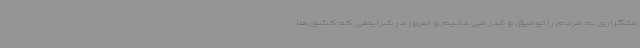
متگزاری به مردم را توفیق و قدر می دانیم و امروز در شرایطی که کشورها